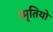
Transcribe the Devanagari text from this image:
स्मृतियो